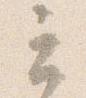
云